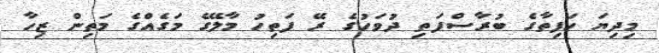
މިދިޔަ ހަފިތާގެ ބުރާސްފަތި ދުވަހުގެ ރޭ ފަތިހު މާލޭގެ މަގެއްގެ މަތިން ޒިހާ